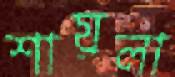
শায়লা